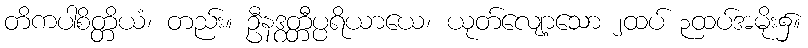
တိကပါစိတ္တိယံ၊ တည်း။ ဦနဒွတ္တီပ္ပရိယာယေ၊ ယုတ်လျော့သော ၂ထပ် ၃ထပ်အမိုး၌။